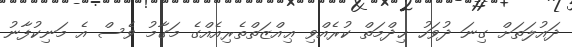
ދައުލަތަށް ގިނަ ދުވަހު ޚިދްމަތް ކުރެއްވި ޢިއްޒަތްތެރިއެއްގެ މަގާމު ވެސް އެ މަނިކުފާނު